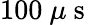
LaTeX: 100~\mu\mathrm{~s~}